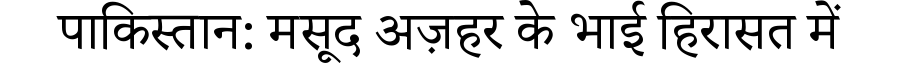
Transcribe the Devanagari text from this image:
पाकिस्तान: मसूद अज़हर के भाई हिरासत में